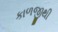
કાળજીથી